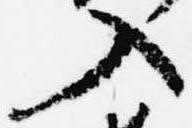
入